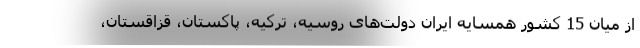
از میان 15 کشور همسایه ایران دولت‌های روسیه، ترکیه، پاکستان، قزاقستان،